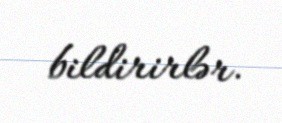
bildirirlər.